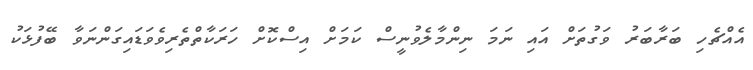
އެއްޗެހި ބަރާބަރު ވަގުތަށް އައި ނަމަ ނިންމާލެވުނީސް ކަމަށް އިސްކޮށް ހަރަކާތްތެރިވެވަޑައިގަންނަވާ ބޭފުޅަކު